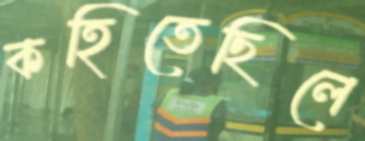
কহিতেছিলে